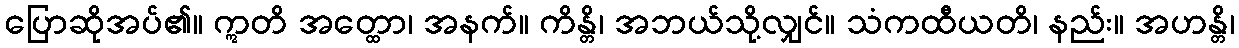
ပြောဆိုအပ်၏။ ဣတိ အတ္ထော၊ အနက်။ ကိန္တိ၊ အဘယ်သို့လျှင်။ သံကထီယတိ၊ နည်း။ အဟန္တိ၊